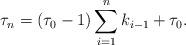
LaTeX: \begin{align*}\tau_n = (\tau_0-1)\sum_{i=1}^n k_{i-1} + \tau_0.\end{align*}